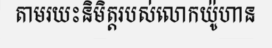
តាមរយះនិមិត្តរបស់លោកយ៉ូហាន